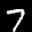
Label: 7